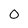
Character: 0